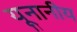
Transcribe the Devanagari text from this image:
यूनानीय